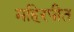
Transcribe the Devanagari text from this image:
महिरपीत